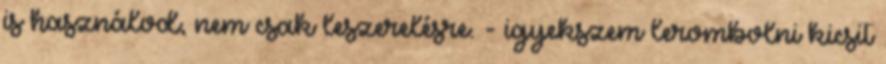
is használod, nem csak leszerelésre. - igyekszem lerombolni kicsit